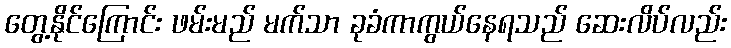
တွေ့နိုင်ကြောင်း ဖမ်းမည် မက်သာ ခုခံကာကွယ်နေရသည် ဆေးလိပ်လည်း